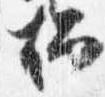
燭